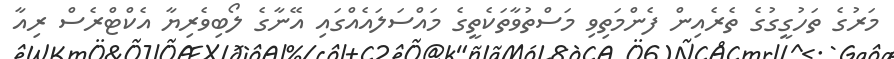
މަރުގެ ތަހުގީގުގެ ތެރެއިން ފެންމަތިވި މަސްތުވާތަކެތީގެ މައްސަލައެއްގައި އޭނާގެ ލޯބިވެރިޔާ އެކްޓްރެސް ރިއާ